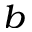
^ { b }